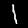
Digit: 1